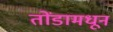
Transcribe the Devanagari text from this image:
तोंडामधून